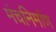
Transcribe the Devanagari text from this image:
मंचनिर्माण